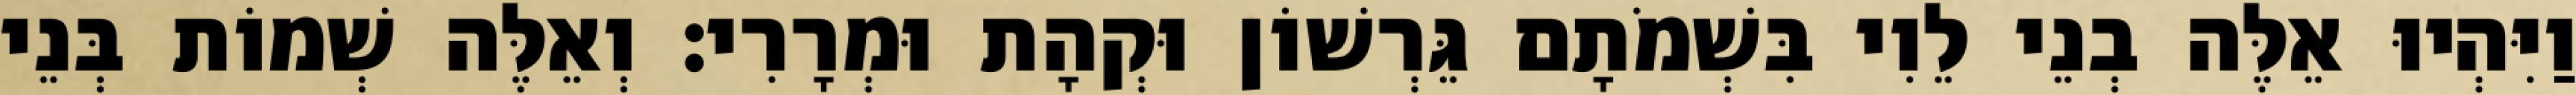
וַיִּהְיוּ אֵלֶּה בְנֵי לֵוִי בִּשְׁמֹתָם גֵּרְשׁוֹן וּקְהָת וּמְרָרִי׃ וְאֵלֶּה שְׁמוֹת בְּנֵי